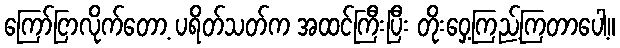
ကြော်ငြာလိုက်တော့ ပရိတ်သတ်က အထင်ကြီးပြီး တိုးဝှေ့ကြည့်ကြတာပေါ့။